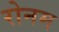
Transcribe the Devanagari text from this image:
रोनम